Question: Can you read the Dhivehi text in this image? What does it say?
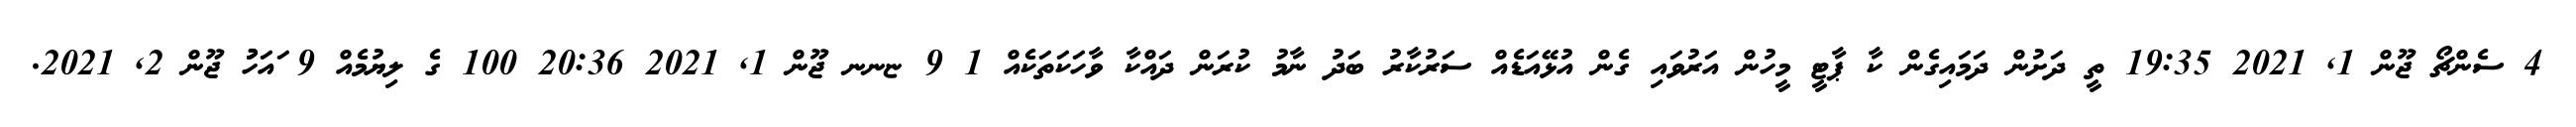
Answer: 4 ސެންޗޯ ޖޫން 1, 2021 19:35 ތީ ދަށުން ދަމައިގެން ކާ ޕާޓީ މީހުން އަރުވައި ގެން އުޅޭއަޑެއް ސަރުކާރު ބަދު ނާމު ކުރަން ދައްކާ ވާހަކަތަކެއް 1 9 ޏނނ ޖޫން 1, 2021 20:36 100 ގެ ލިޔުމެއް 9 ައަހުުު ޖޫން 2, 2021.